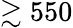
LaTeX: \gtrsim 550